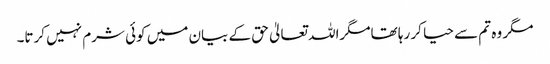
مگر وہ تم سے حیا کر رہا تھامگراللہ تعالیٰ حق کے بیان میں کوئی شرم نہیں کرتا۔